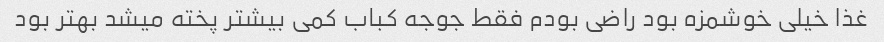
غذا خیلی خوشمزه بود راضی بودم فقط جوجه کباب کمی بیشتر پخته میشد بهتر بود